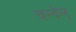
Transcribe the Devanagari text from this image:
चन्देल्